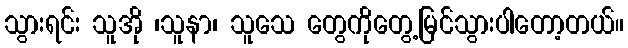
သွားရင်း သူအို ၊သူနာ၊ သူသေ တွေကိုတွေ့မြင်သွားပါတော့တယ်။